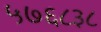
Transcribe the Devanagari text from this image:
५७६८३८